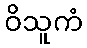
ဝိသူကံ